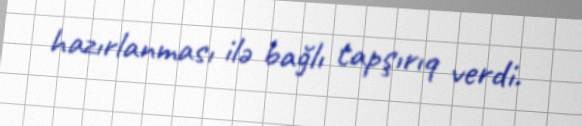
hazırlanması ilə bağlı tapşırıq verdi.